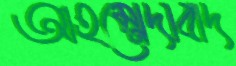
আহম্মেদাবাদ